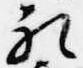
礼